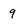
Character: 9